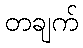
တချက်